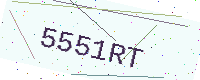
Text: 5551RT